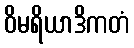
ဝိမရိယာဒိကတံ